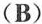
(B)